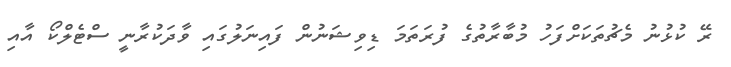
ރޭ ކުޅުނު މެޗުތަކަށްފަހު މުބާރާތުގެ ފުރަތަމަ ޑިވިޝަނުން ފައިނަލުގައި ވާދަކުރާނީ ސްޓެލްކޯ އާއި